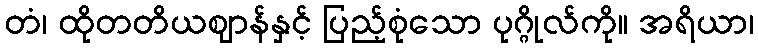
တံ၊ ထိုတတိယဈာန်နှင့် ပြည့်စုံသော ပုဂ္ဂိုလ်ကို။ အရိယာ၊